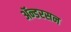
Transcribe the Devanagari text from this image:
ॲन्डरसन